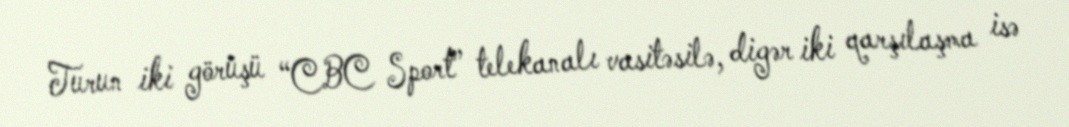
Turun iki görüşü “CBC Sport” telekanalı vasitəsilə, digər iki qarşılaşma isə